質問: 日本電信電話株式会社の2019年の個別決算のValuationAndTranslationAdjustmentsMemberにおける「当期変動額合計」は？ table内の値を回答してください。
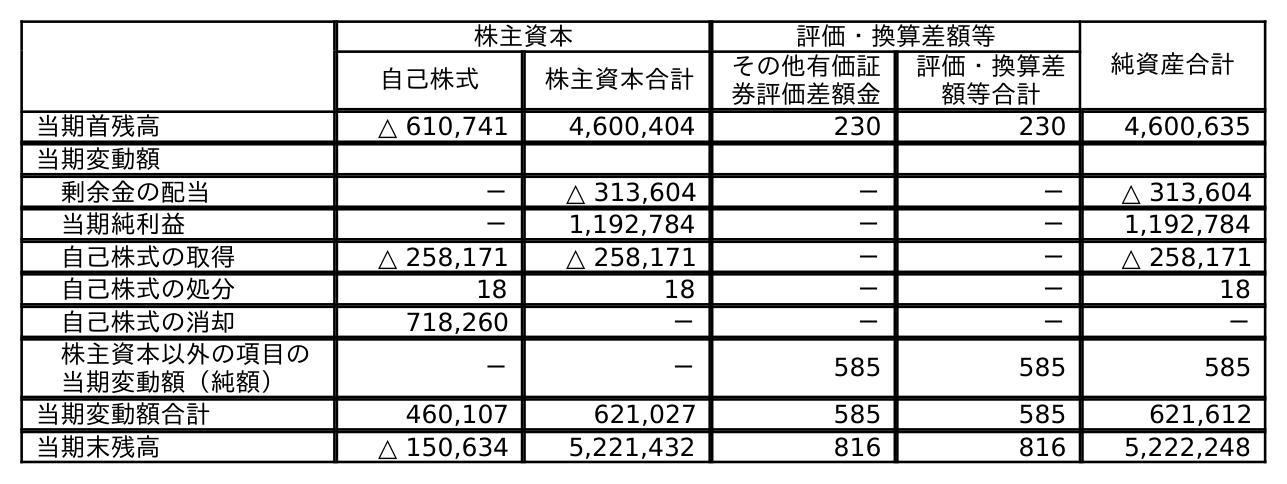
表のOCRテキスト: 株主資本 評価・換算差額等 純資産合計 自己株式 株主資本合計 その他有価証 券評価差額金 評価・換算差 額等合計 当期首残高 △ 610,741 4,600,404 230 230 4,600,635 当期変動額 剰余金の配当 － △ 313,604 － － △ 313,604 当期純利益 － 1,192,784 － － 1,192,784 自己株式の取得 △ 258,171 △ 258,171 － － △ 258,171 自己株式の処分 18 18 － － 18 自己株式の消却 718,260 － － － － 株主資本以外の項目の 当期変動額（純額） － － 585 585 585 当期変動額合計 460,107 621,027 585 585 621,612 当期末残高 △ 150,634 5,221,432 816 816 5,222,248
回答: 585